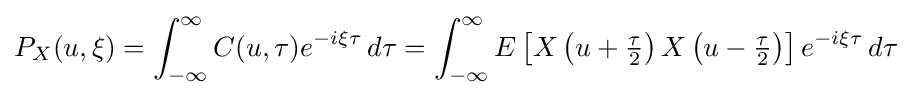
P_{X}(u,\xi )=\int _{-\infty }^{\infty }C(u,\tau )e^{-i\xi \tau }\,d\tau =\int _{-\infty }^{\infty }E\left[X\left(u+{\tfrac {\tau }{2}}\right)X\left(u-{\tfrac {\tau }{2}}\right)\right]e^{-i\xi \tau }\,d\tau